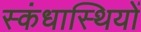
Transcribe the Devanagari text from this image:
स्कंधास्थियों